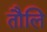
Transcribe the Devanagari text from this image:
तौलि